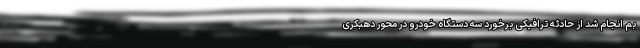
بم انجام شد از حادثه ترافیکی برخورد سه دستگاه خودرو در محور دهبکری